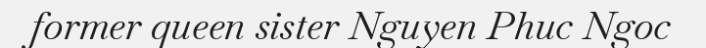
former queen sister Nguyen Phuc Ngoc